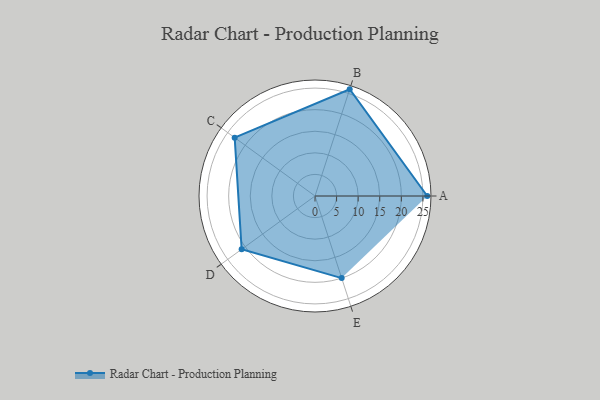
{"axis": {"x": "Skill", "y": "Score"}, "legend": ["Profile"], "data": [{"x": "A", "y": 26.0, "type": "Profile"}, {"x": "B", "y": 26.0, "type": "Profile"}, {"x": "C", "y": 23.0, "type": "Profile"}, {"x": "D", "y": 21.0, "type": "Profile"}, {"x": "E", "y": 20, "type": "Profile"}]}